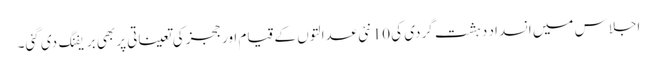
اجلاس میں انسداد دہشت گردی کی 10 نئی عدالتوں کے قیام اور ججز کی تعیناتی پر بھی بریفنگ دی گئی۔